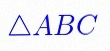
\triangle ABC